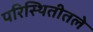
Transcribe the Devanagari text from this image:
परिस्थितीतले